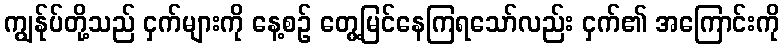
ကျွန်ုပ်တို့သည် ငှက်များကို နေ့စဉ် တွေ့မြင်နေကြရသော်လည်း ငှက်၏ အကြောင်းကို